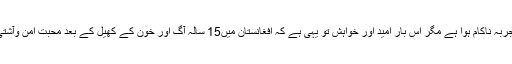
اگرچہ ماضی میں یہ تجربہ ناکام ہوا ہے مگر اِس بار اُمید اور خواہش تو یہی ہے کہ افغانستان میں15 سالہ آگ اور خون کے کھیل کے بعد محبت امن وآشتی کے پھول کھلیں گے۔